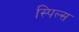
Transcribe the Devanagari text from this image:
स्पिल्स